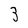
Character: 3